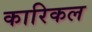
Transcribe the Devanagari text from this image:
कारिकल